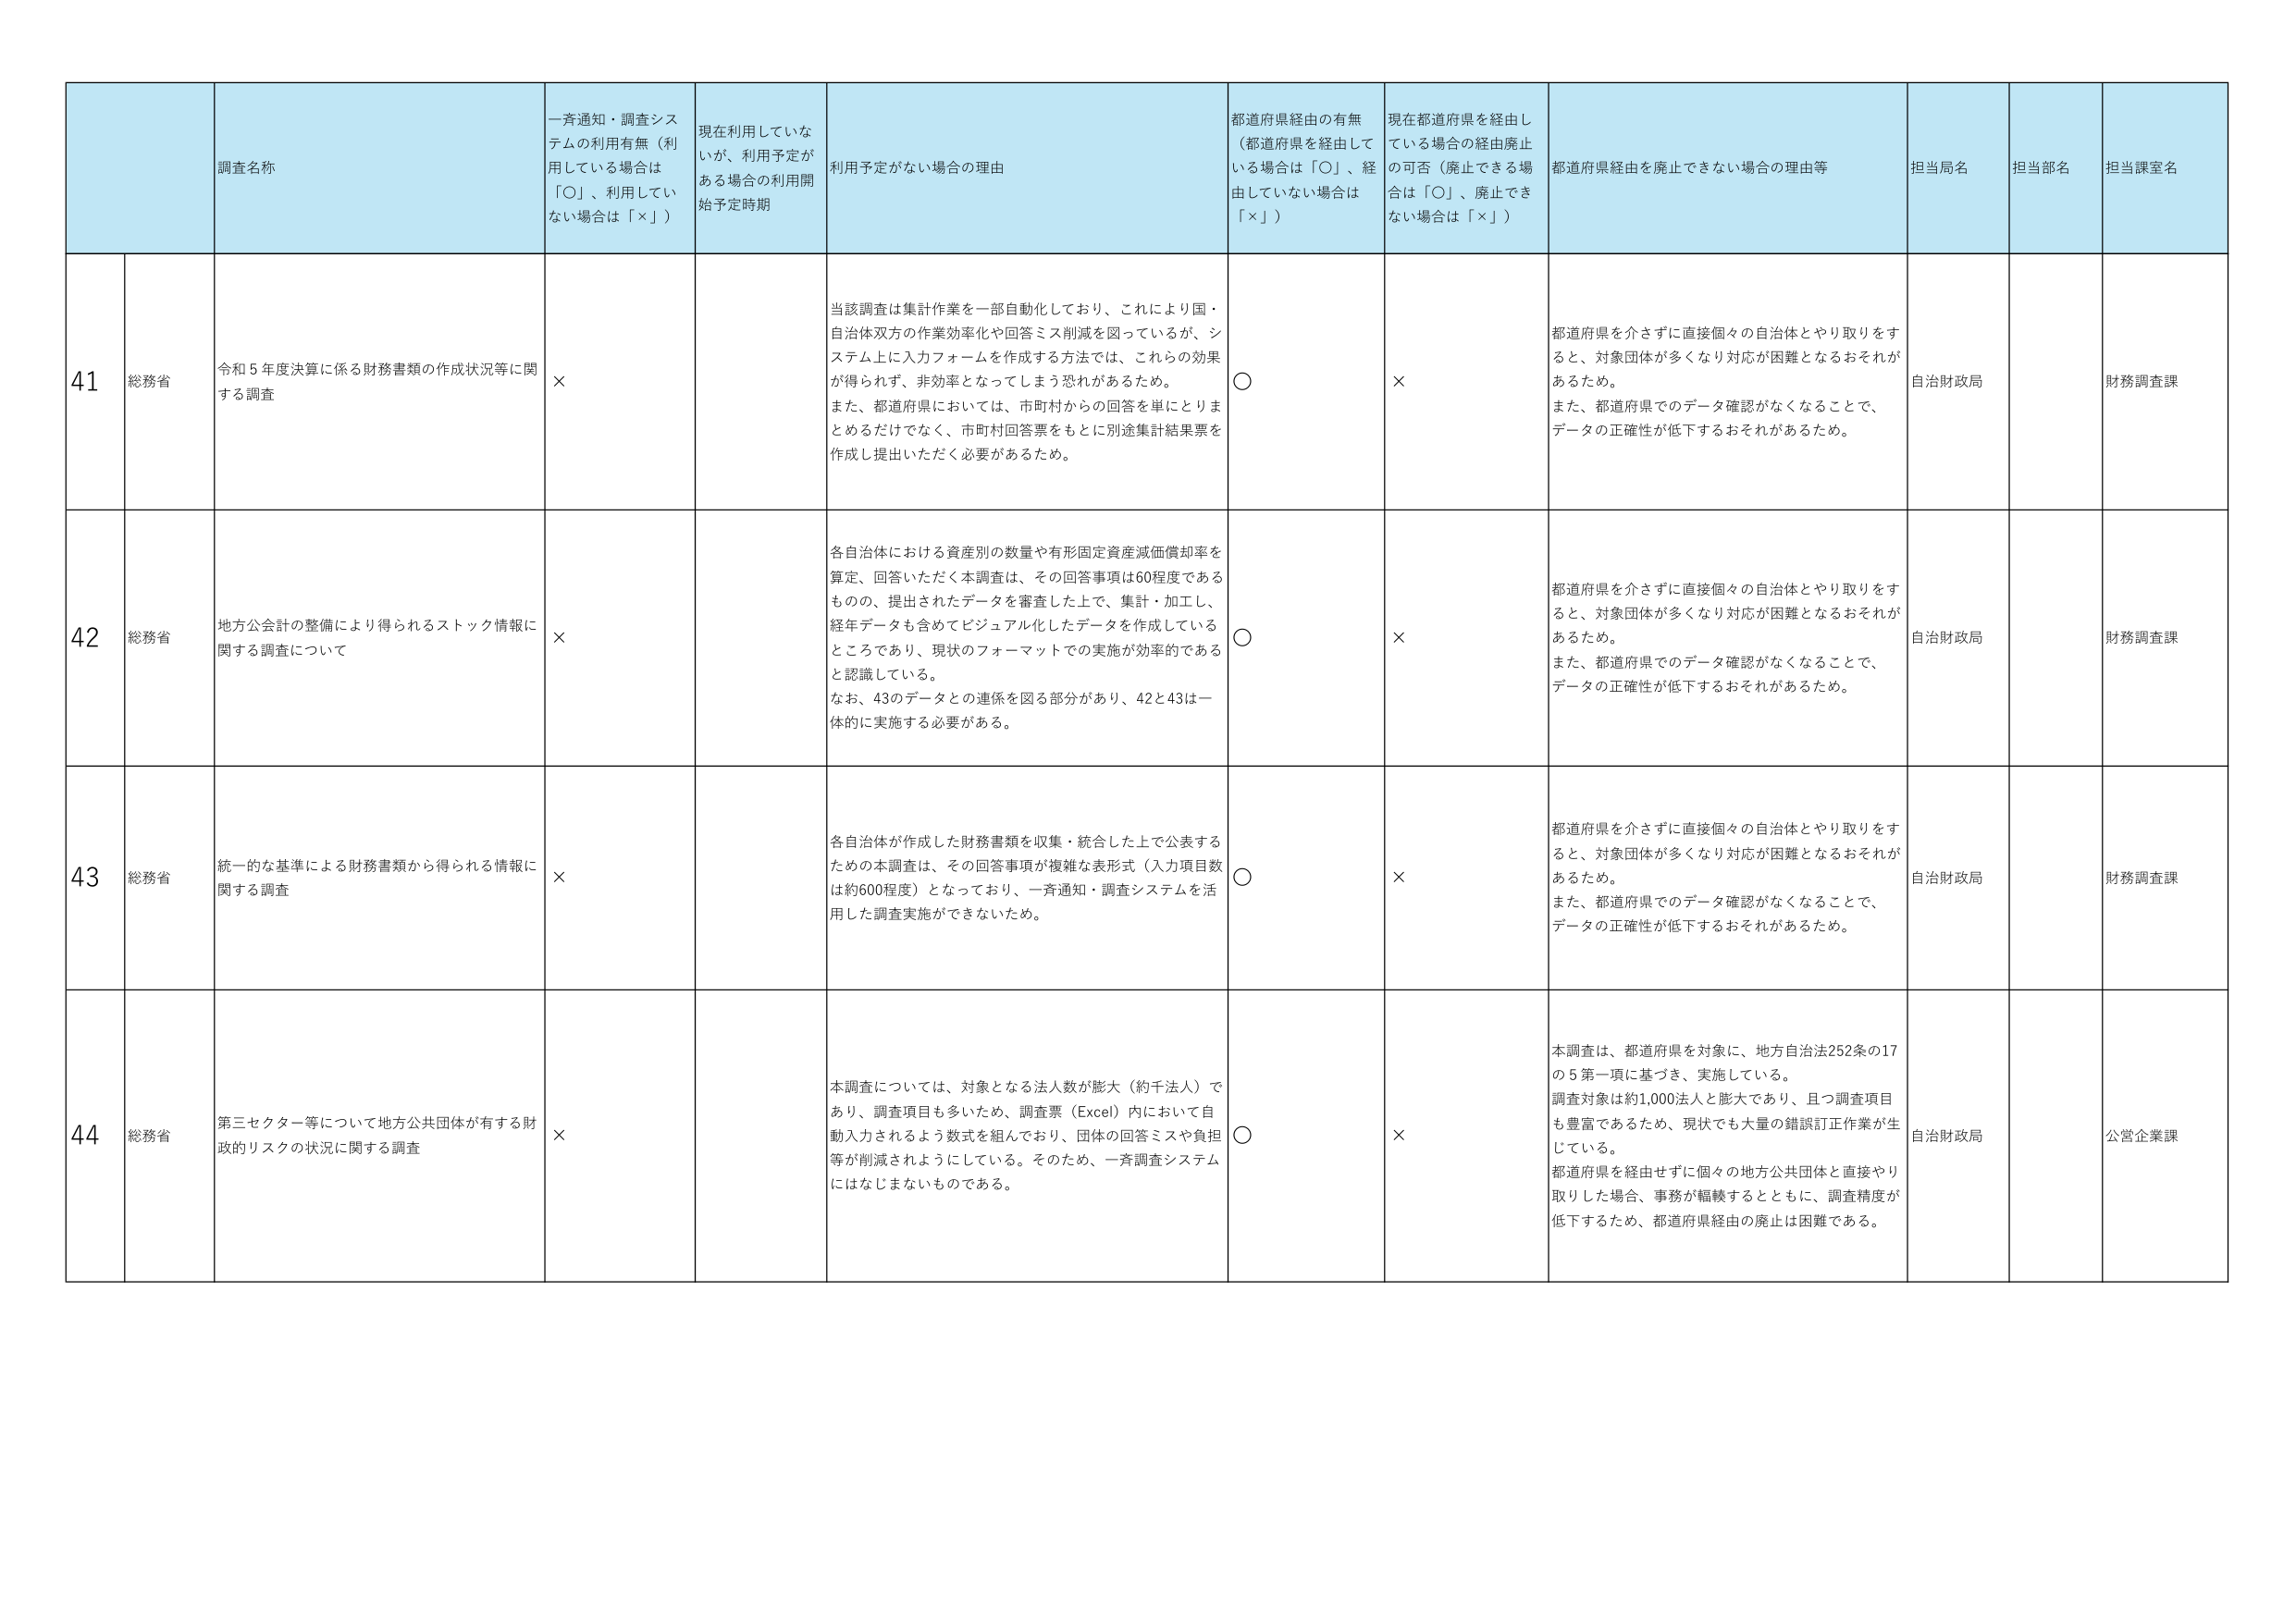
41 総務省 令和5年度決算に係る財務書類の作成状況等に関する調査 × 当該調査は集計作業を一部自動化しており、これにより国・自治体双方の作業効率化や回答ミス削減を図っているが、システム上に入力フォームを作成する方法では、これらの効果が得られず、非効率となってしまう恐れがあるため。また、都道府県においては、市町村からの回答を単にとりまとめるだけでなく、市町村回答票をもとに別途集計結果票を作成し提出いただく必要があるため。 ○ × 都道府県を介さずに直接個々の自治体とやり取りをすると、対象団体が多くなり対応が困難となるおそれがあるため。また、都道府県でのデータ確認がなくなることで、データの正確性が低下するおそれがあるため。 自治財政局 財務調査課

42 総務省 地方公会計の整備により得られるストック情報に関する調査について × 各自治体における資産別の数量や有形固定資産減価償却率を算定、回答いただく本調査は、その回答事項は60程度であるものの、提出されたデータを審査した上で、集計・加工し、経年データも含めてビジュアル化したデータを作成しているところであり、現状のフォーマットでの実施が効率的であると認識している。なお、43のデータとの連係を図る部分があり、42と43は一体的に実施する必要がある。 ○ × 都道府県を介さずに直接個々の自治体とやり取りをすると、対象団体が多くなり対応が困難となるおそれがあるため。また、都道府県でのデータ確認がなくなることで、データの正確性が低下するおそれがあるため。 自治財政局 財務調査課

43 総務省 統一的な基準による財務書類から得られる情報に関する調査 × 各自治体が作成した財務書類を収集・統合した上で公表するための本調査は、その回答事項が複雑な表形式（入力項目数は約600程度）となっており、一斉通知・調査システムを活用した調査実施ができないため。 ○ × 都道府県を介さずに直接個々の自治体とやり取りをすると、対象団体が多くなり対応が困難となるおそれがあるため。また、都道府県でのデータ確認がなくなることで、データの正確性が低下するおそれがあるため。 自治財政局 財務調査課

44 総務省 第三セクター等について地方公共団体が有する財政的リスクの状況に関する調査 × 本調査については、対象となる法人数が膨大（約千法人）であり、調査項目も多いため、調査票（Excel）内において自動入力されるよう数式を組んでおり、団体の回答ミスや負担等が削減されようにしている。そのため、一斉調査システムにはなじまないものである。 ○ × 本調査は、都道府県を対象に、地方自治法252条の17の5第一項に基づき、実施している。調査対象は約1,000法人と膨大であり、且つ調査項目も豊富であるため、現状でも大量の錯誤訂正作業が生じている。都道府県を経由せずに個々の地方公共団体と直接やり取りした場合、事務が幅広く拡大するとともに、調査精度が低下するため、都道府県経由の廃止は困難である。 自治財政局 公営企業課

調査名称 一斉通知・調査システムの利用有無（利用している場合は「○」、利用していない場合は「×」） 現在利用していないが、利用予定がある場合の利用開始予定時期 利用予定がない場合の理由 都道府県経由の有無（都道府県を経由している場合は「○」、経由していない場合は「×」） 現在都道府県を経由している場合の経由廃止の可否（廃止できる場合は「○」、廃止できない場合は「×」） 都道府県経由を廃止できない場合の理由等 担当局名 担当部名 担当課室名